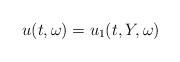
LaTeX: \begin{align*} u(t,\omega) = u_1(t, Y, \omega)\end{align*}